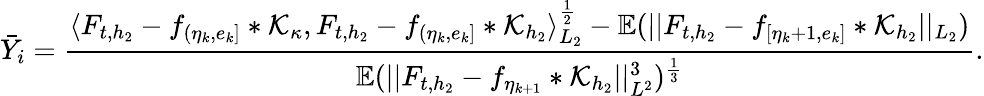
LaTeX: \bar{Y}_{i}=\frac{\langle F_{t,{h_{2}}}-f_{(\eta_{k},e_{k}]}\ast\mathcal{K}_{\kappa},F_{t,{h_{2}}}-f_{(\eta_{k},e_{k}]}\ast\mathcal{K}_{h_{2}}\rangle_{L_{2}}^{\frac{1}{2}}-\mathbb{E}(\vert\vert F_{t,{h_{2}}}-f_{[\eta_{k}+1,e_{k}]}\ast\mathcal{K}_{{h_{2}}}\vert\vert_{L_{2}})}{\mathbb{E}(\vert\vert F_{t,{h_{2}}}-f_{\eta_{k+1}}\ast\mathcal{K}_{h_{2}}\vert\vert_{L^{2}}^{3})^{\frac{1}{3}}}.